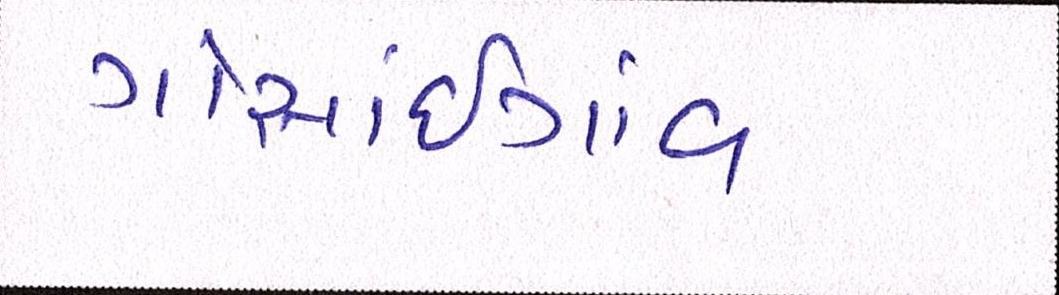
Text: ગોસાંઇગાંવ